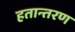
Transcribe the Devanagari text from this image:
हतान्तरण